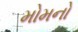
મોમનો